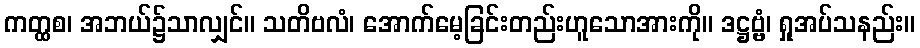
ကတ္ထစ၊ အဘယ်၌သာလျှင်။ သတိဗလံ၊ အောက်မေ့ခြင်းတည်းဟူသောအားကို။ ဒဋ္ဌဗ္ဗံ၊ ရှုအပ်သနည်း။